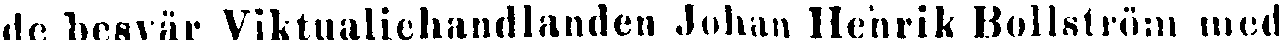
de besvär Viktualiehandlanden Johan Henrik Bollström med